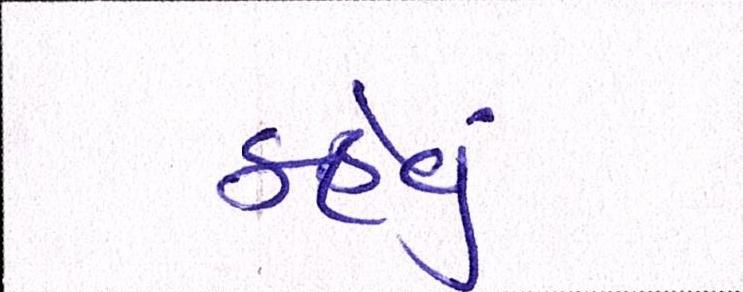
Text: કહેવુ